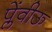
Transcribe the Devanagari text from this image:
प्लेंवीऊ